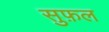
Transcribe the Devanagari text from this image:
सुफ़ल